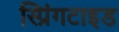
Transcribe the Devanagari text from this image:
स्प्रिंगटाइड